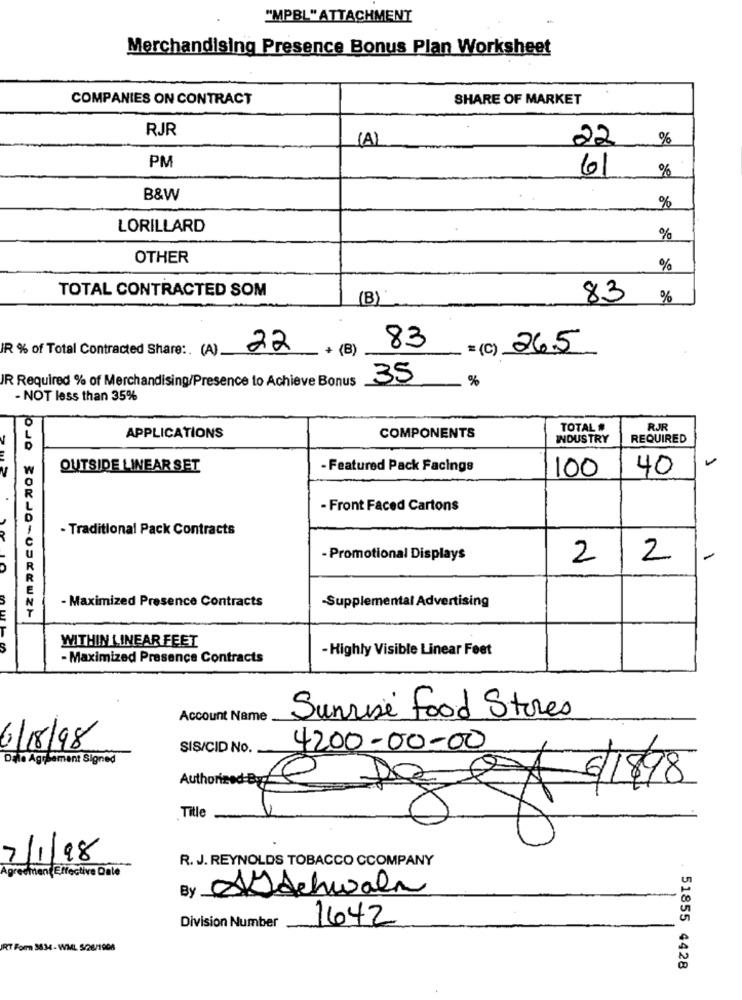
"MPBL" ATTACHMENT
Merchandising Presence Bonus Plan Worksheet
COMPANIES ON CONTRACT
SHARE OF MARKET
RJR
(A)
22
%
PM
61
%
B&W
%
LORILLARD
%
OTHER
%
TOTAL CONTRACTED SOM
(B)
83
%
IR % of Total Contracted Share :. (A).
22
+ (B)
83
=(C) 26.5
IR Required % of Merchandising/Presence to Achieve Bonus
35
%
- NOT less than 35%
TOTAL #
RJR
APPLICATIONS
COMPONENTS
INDUSTRY
REQUIRED
OUTSIDE LINEAR SET
- Featured Pack Facings
100
40
.
- Front Faced Cartons
- Traditional Pack Contracts
- Promotional Displays
2
2
- Maximized Presence Contracts
-Supplemental Advertising
WITHIN LINEAR FEET
- Highly Visible Linear Feet
- Maximized Presence Contracts
Account Name
Sunrise Food Stores
6/18/98
SIS/CID No.
4200-00-00
Dille Agreement Signed
Authorize
6/1898
Title
7/1/98
R. J. REYNOLDS TOBACCO CCOMPANY
Agreeintent Effective Date
By sSchwaln
1642
Division Number
RT Form 3834- WML 5/26/1908
51855 4428